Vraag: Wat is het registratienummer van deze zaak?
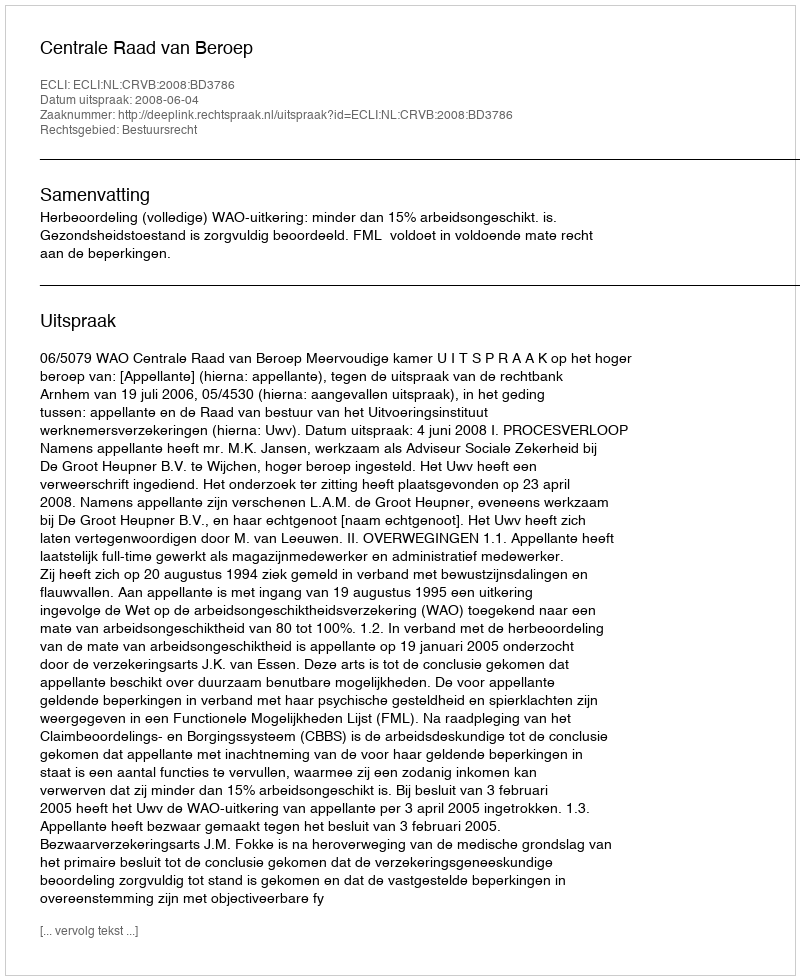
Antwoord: http://deeplink.rechtspraak.nl/uitspraak?id=ECLI:NL:CRVB:2008:BD3786